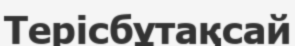
Терісбұтақсай